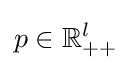
p\in \mathbb {R} _{++}^{l}